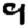
Digit: 9